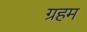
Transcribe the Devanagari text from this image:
ग्रहम